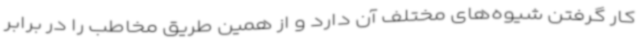
کار گرفتن شیوه‌های مختلف آن دارد و از همین طریق مخاطب را در برابر